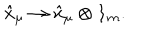
\hat { x } _ { \mu } \rightarrow \hat { x } _ { \mu } \otimes { \bf 1 } _ { m } .